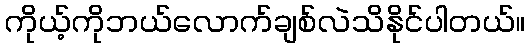
ကိုယ့်ကိုဘယ်လောက်ချစ်လဲသိနိုင်ပါတယ်။